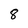
Character: 8